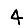
Digit: 4